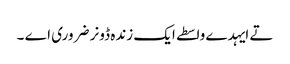
تے ایہدے واسطے ایک زندہ ڈونر ضروری اے ۔